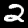
Digit: 2